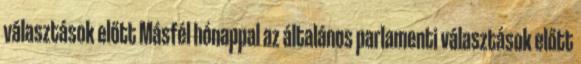
választások előtt Másfél hónappal az általános parlamenti választások előtt